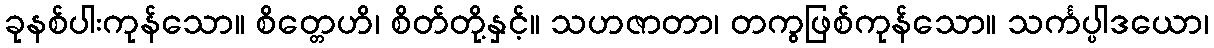
ခုနစ်ပါးကုန်သော။ စိတ္တေဟိ၊ စိတ်တို့နှင့်။ သဟဇာတာ၊ တကွဖြစ်ကုန်သော။ သင်္ကပ္ပါဒယော၊